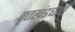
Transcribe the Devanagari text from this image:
वृत्तखंडधारी